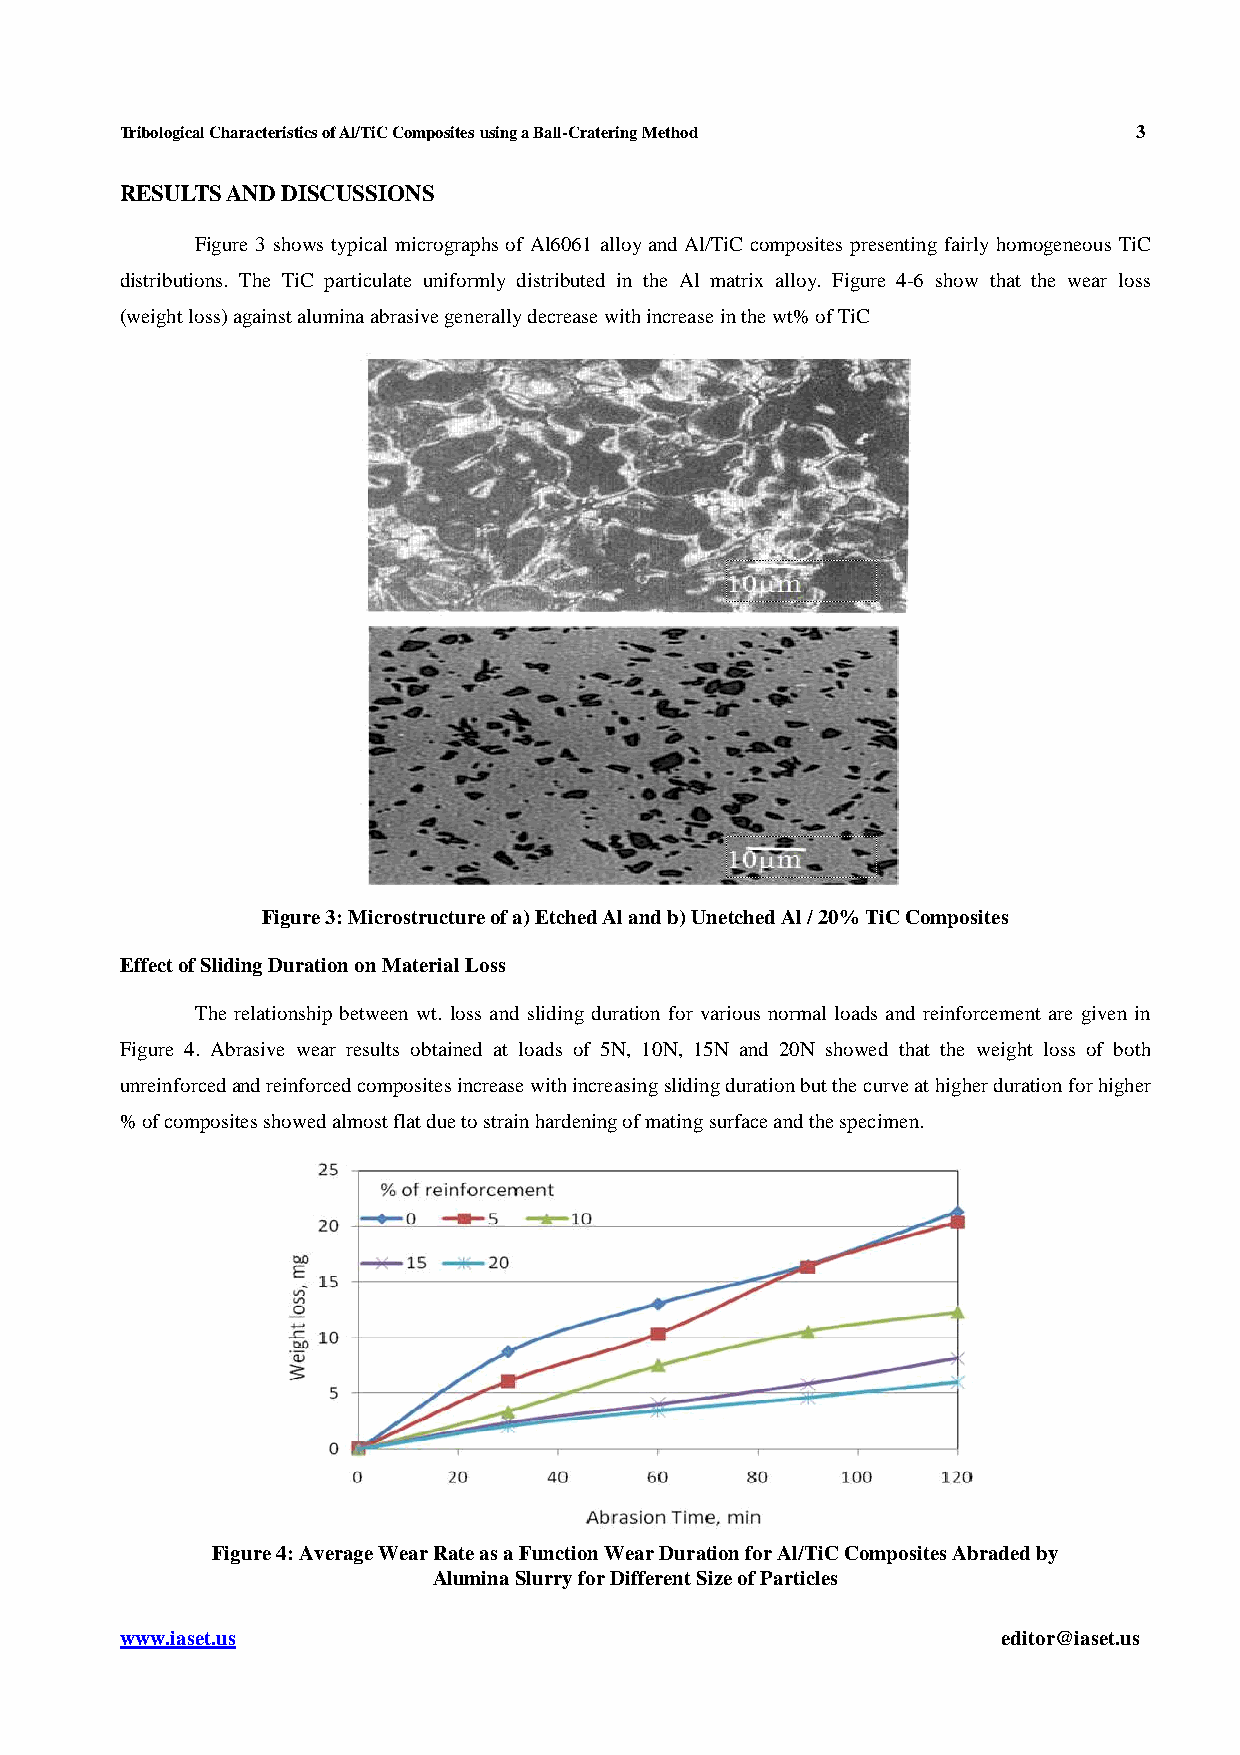
Tribological Characteristics of Al/TiC Composites using a Ball-Cratering Method 3
 RESULTS AND DISCUSSIONS
 Figure 3 shows typical micrographs of Al6061 alloy and Al/TiC composites presenting fairly homogeneous TiC
 distributions. The TiC particulate uniformly distributed in the Al matrix alloy. Figure 4-6 show that the wear loss
 (weight loss) against alumina abrasive generally decrease with increase in the wt% of TiC
 Figure 3: Microstructure of a) Etched Al and b) Unetched Al / 20% TiC Composites
 Effect of Sliding Duration on Material Loss
 The relationship between wt. loss and sliding duration for various normal loads and reinforcement are given in
 Figure 4. Abrasive wear results obtained at loads of 5N, 10N, 15N and 20N showed that the weight loss of both
 unreinforced and reinforced composites increase with increasing sliding duration but the curve at higher duration for higher
 % of composites showed almost flat due to strain hardening of mating surface and the specimen.
 Figure 4: Average Wear Rate as a Function Wear Duration for Al/TiC Composites Abraded by
 Alumina Slurry for Different Size of Particles
 www.iaset.us                                              editor@iaset.us